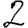
Digit: 2